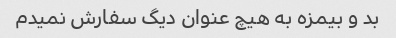
بد و بیمزه به هیچ عنوان دیگ سفارش نمیدم